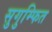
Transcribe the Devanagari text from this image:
सुगुम्फित